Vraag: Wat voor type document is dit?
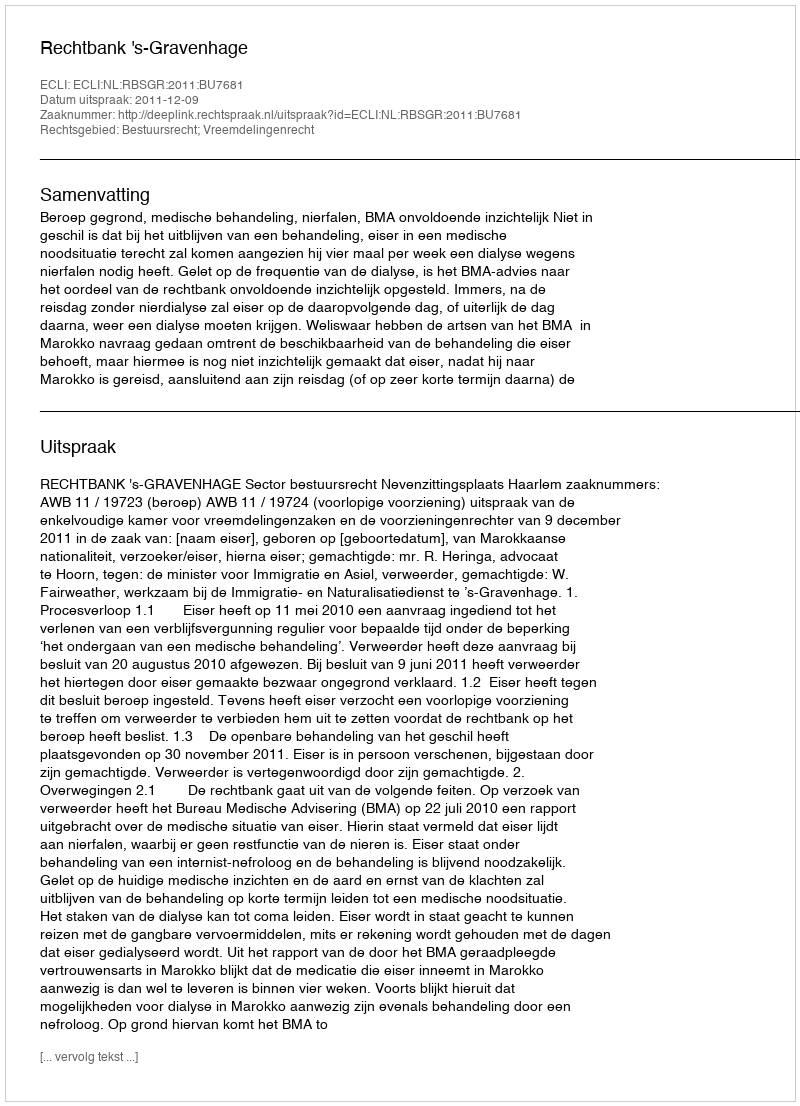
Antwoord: Uitspraak